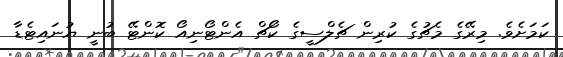
ކަމަށެވެ. މިރޭގެ މެޗުގެ ކުރިން ޗެލްސީގެ ކޯޗް އެންޓޯނިއޯ ކޮންޓޭ ބުނީ ޔުނައިޓެޑާ